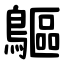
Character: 䳼